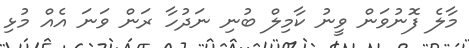
މާލެ ފޮނުވަން ވީނު ކާމިލް ބުނި ނަދުހާ ރަން ވަނަ އެއް މުޅި